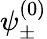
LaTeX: \psi_{\pm}^{(0)}